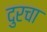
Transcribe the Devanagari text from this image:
दुरचा